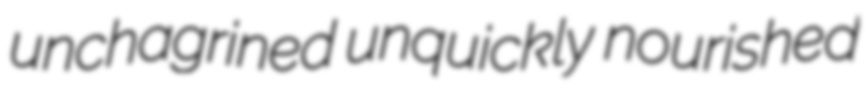
unchagrined unquickly nourished